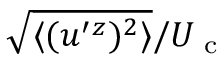
\sqrt { \langle { ( u ^ { \prime } { } ^ { z } ) ^ { 2 } } \rangle } / U _ { \textrm { c } }